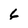
Character: 6